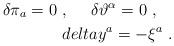
LaTeX: \begin{align*}\delta\pi_a =0\ ,\ \ \ \ \delta\vartheta^\alpha =0\ ,\ \ \ \\delta y^a =-\xi^a\ .\end{align*}